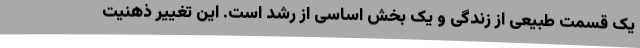
یک قسمت طبیعی از زندگی و یک بخش اساسی از رشد است. این تغییر ذهنیت